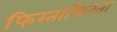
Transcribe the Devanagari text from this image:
फिरताफिरता